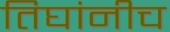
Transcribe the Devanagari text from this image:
तिघांनीच